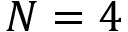
N = 4